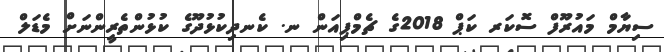
ސިޔާމް މައުރޫފް ސޮކަރ ކަޕް 2018ގެ ޗެމްޕިއަން ނ. ކެނދިކުޅުދޫގެ ކުޅުންތެރީންނަށް މެޑަލް